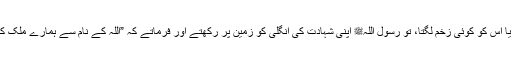
1458: اُمّ المؤمنین اُمّ سلمہ رضی اللہ عنہا سے روایت ہے کہ جب ہم میں سے کوئی بیمار ہوتا یا اس کو کوئی زخم لگتا، تو رسول اللہﷺ اپنی شہادت کی انگلی کو زمین پر رکھتے اور فرماتے کہ ”اللہ کے نام سے ہمارے ملک کی مٹی ، کسی کے تھوک کے ساتھ، اس سے ہمارا بیمار شفا پائے گا اللہ تعالیٰ کے حکم سے “۔